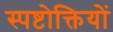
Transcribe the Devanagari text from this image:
स्पष्टोक्तियों